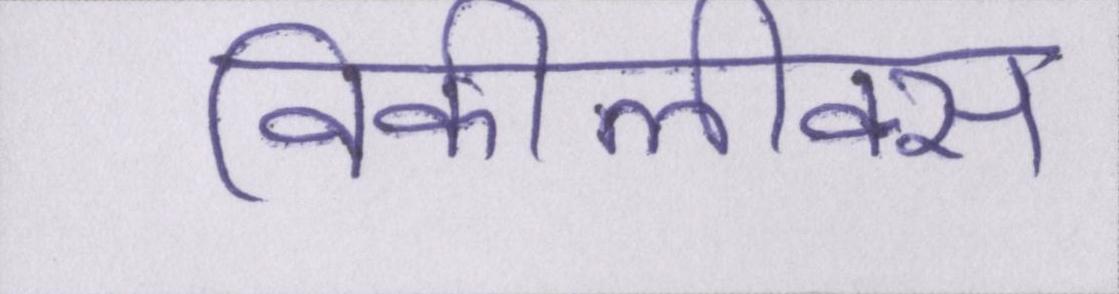
विकीलीक्स